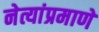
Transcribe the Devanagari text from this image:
नेत्यांप्रमाणे